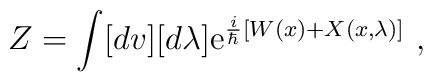
Z=\int [dv][d\lambda]{\rm e}^{\frac{i}{\hbar}\left[W(x) +X(x,\lambda)\right]}{}~,